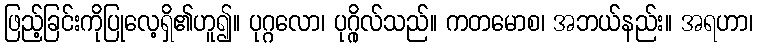
ဖြည့်ခြင်းကိုပြုလေ့ရှိ၏ဟူ၍။ ပုဂ္ဂလော၊ ပုဂ္ဂိုလ်သည်။ ကတမောစ၊ အဘယ်နည်း။ အရဟာ၊